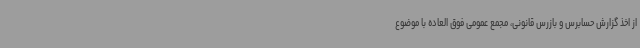
از اخذ گزارش حسابرس و بازرس قانونی، مجمع عمومی فوق العاده با موضوع